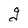
Character: g